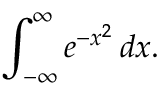
\int _ { - \infty } ^ { \infty } e ^ { - x ^ { 2 } } \, d x .